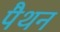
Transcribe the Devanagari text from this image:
पैथन